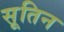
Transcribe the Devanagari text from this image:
सूतिन